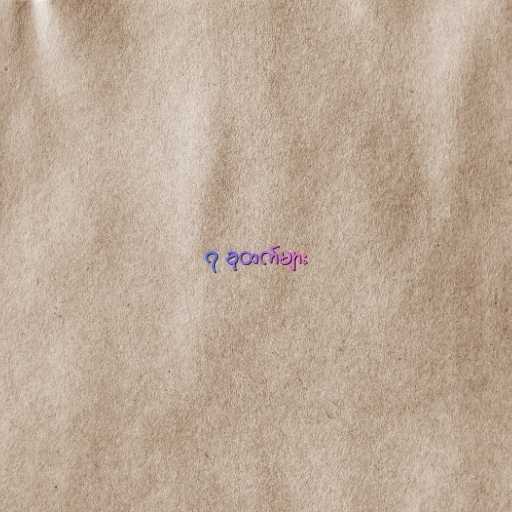
၇ ခုထက်များ